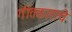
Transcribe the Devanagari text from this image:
गीतकाराचे